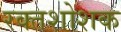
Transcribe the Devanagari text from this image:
रक्तशोशक